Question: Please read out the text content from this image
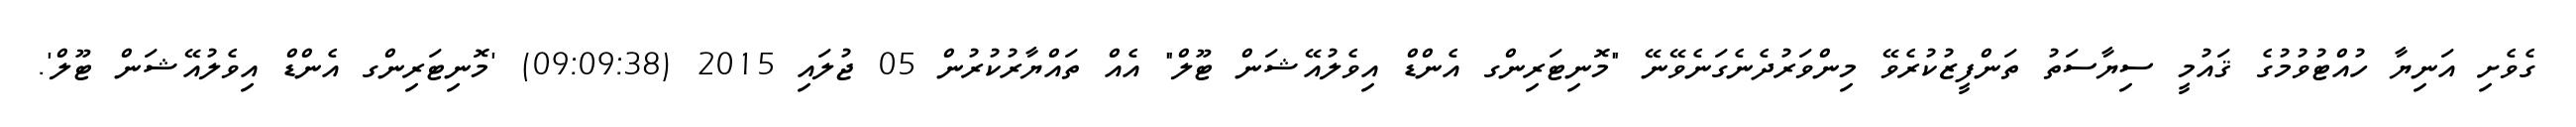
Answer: ގެވެށި އަނިޔާ ހުއްޓުވުމުގެ ޤައުމީ ސިޔާސަތު ތަންފީޒުކުރެވޭ މިންވަރުދެނެގަނެވޭނޭ "މޮނިޓަރިންގ އެންޑް އިވެލުއޭޝަން ޓޫލް" އެއް ތައްޔާރުކުރުން 05 ޖުލައި 2015 (09:09:38) 'މޮނިޓަރިންގ އެންޑް އިވެލުއޭޝަން ޓޫލް'.